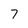
Character: 7